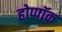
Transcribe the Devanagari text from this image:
होप्पॉक